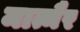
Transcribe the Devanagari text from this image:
मात्मैर